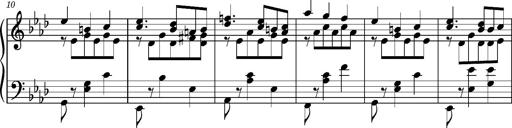
Title: Album-leaf 'Weimar II', S.166c
Composer: Franz Liszt
Key: A-flat major